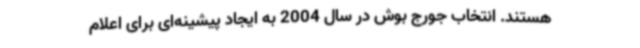
هستند. انتخاب جورج بوش در سال 2004 به ایجاد پیشینه‌ای برای اعلام